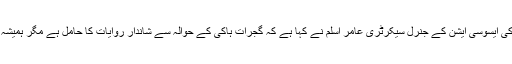
گجرات (جی پی آئی)ڈسٹرکٹ ہاکی ایسوسی ایشن کے جنرل سیکرٹری عامر اسلم نے کہا ہے کہ گجرات ہاکی کے حوالہ سے شاندار روایات کا حامل ہے مگر ہمیشہ اسے نظر انداز کیا جاتا رہا ہے۔